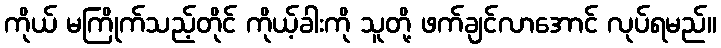
ကိုယ် မကြိုက်သည့်တိုင် ကိုယ့်ခါးကို သူတို့ ဖက်ချင်လာအောင် လုပ်ရမည်။